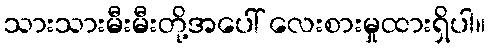
သားသားမီးမီးတို့အပေါ် လေးစားမှုထားရှိပါ။